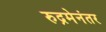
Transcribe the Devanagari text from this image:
रुद्रमेनंतर